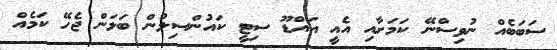
ސަބަބެއް ނުވިސްނޭ ކަމަށާއި އެއީ އައްޑޫ ސިޓީ ކައުންސިލުން ބަލަން ޖެހޭ ކަމެއް